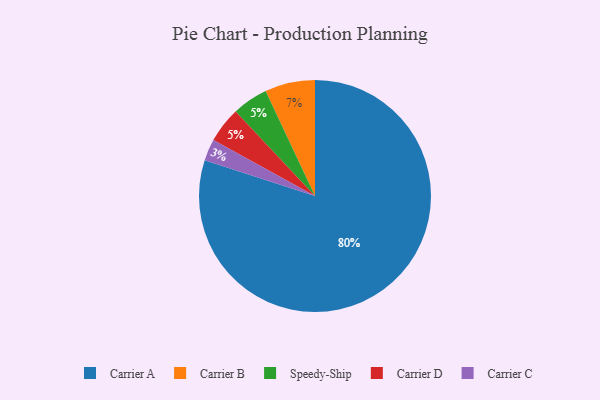
{"axis": {"x": "Category", "y": "Percentage"}, "legend": ["Carrier A", "Carrier B", "Carrier C", "Carrier D", "Speedy-Ship"], "data": [{"x": "Carrier A", "y": 80, "type": "Carrier A"}, {"x": "Speedy-Ship", "y": 5, "type": "Speedy-Ship"}, {"x": "Carrier C", "y": 3, "type": "Carrier C"}, {"x": "Carrier B", "y": 7, "type": "Carrier B"}, {"x": "Carrier D", "y": 5, "type": "Carrier D"}]}